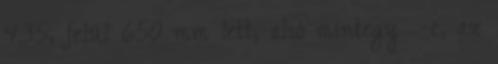
435, felül 650 mm lett, alsó mintegy ¼-e, az